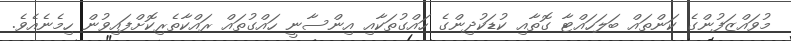
މުވައްޒަފުންގެ ކަންތައް ބަލަހައްޓާ ގޮތާއި ކުޑަކުދިންގެ ހައްގުތަކާއި އިންސާނީ ހައްގުތައް ރައްކާތެރިކޮށްފައިވުން ހިމެނެއެވެ.